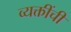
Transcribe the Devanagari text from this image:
व्यक्तींचीं